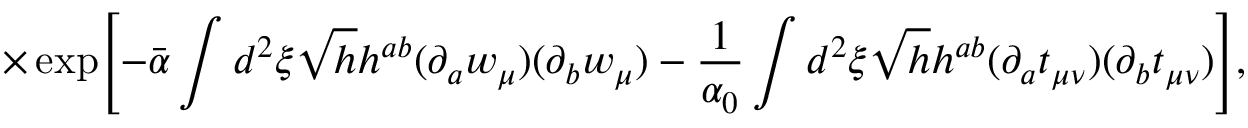
\times \exp \Biggl [ - \bar { \alpha } \int d ^ { 2 } \xi \sqrt { h } h ^ { a b } ( \partial _ { a } w _ { \mu } ) ( \partial _ { b } w _ { \mu } ) - \frac { 1 } { \alpha _ { 0 } } \int d ^ { 2 } \xi \sqrt { h } h ^ { a b } ( \partial _ { a } t _ { \mu \nu } ) ( \partial _ { b } t _ { \mu \nu } ) \Biggr ] ,